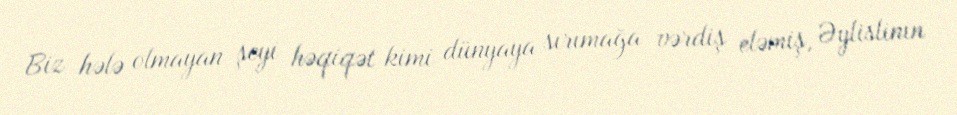
Biz hələ olmayan şeyi həqiqət kimi dünyaya sırımağa vərdiş eləmiş, Əylislinin